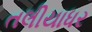
તલીયાધર